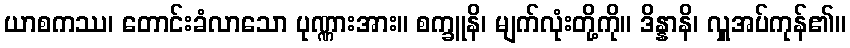
ယာစကဿ၊ တောင်းခံလာသော ပုဏ္ဏားအား။ စက္ခူနိ၊ မျက်လုံးတို့ကို။ ဒိန္နာနိ၊ လှူအပ်ကုန်၏။